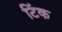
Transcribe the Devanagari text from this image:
टिंक